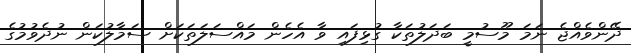
ދޭންވެއްޖެ ނަމަ މޫސުމީ ބަދަލުތަކާ ގުޅިފައި ވާ އެހެން މައްސަލަތަކަށް ސަމާލުކަން ނުދެވުމުގެ